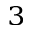
^ { 3 }